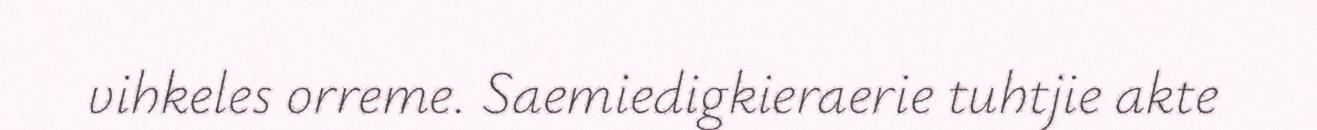
vihkeles orreme. Saemiedigkieraerie tuhtjie akte